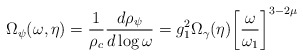
\begin{align*}\Omega_{\psi}(\omega, \eta) = \frac{1}{\rho_{c} }\frac{d \rho_{\psi} }{d\log {\omega}} = g_{1}^2 \Omega_{\gamma}(\eta)\biggl[\frac{\omega}{\omega_{1}}\biggr]^{ 3 - 2 \mu}\end{align*}